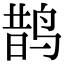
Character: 鹊